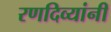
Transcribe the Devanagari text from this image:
रणदिव्यांनी